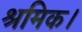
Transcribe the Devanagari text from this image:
श्रमिक।